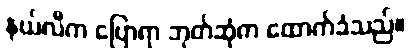
နယ်လီက ပြောရာ ဘုတ်ဆုံက ထောက်ခံသည်။